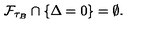
\mathcal { F } _ { \tau _ { B } } \cap \{ \Delta = 0 \} = \emptyset .